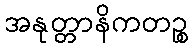
အနုတ္တာနိကတဉ္စ